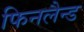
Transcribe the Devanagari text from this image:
फिनलैन्ड